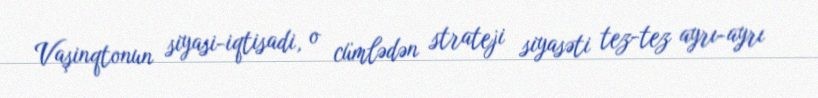
Vaşinqtonun siyasi-iqtisadi, o cümlədən strateji siyasəti tez-tez ayrı-ayrı